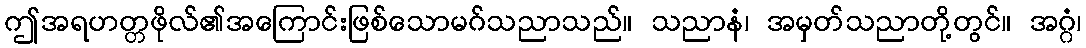
ဤအရဟတ္တဖိုလ်၏အကြောင်းဖြစ်သောမဂ်သညာသည်။ သညာနံ၊ အမှတ်သညာတို့တွင်။ အဂ္ဂံ၊